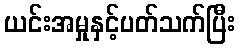
ယင်းအမှုနှင့်ပတ်သက်ပြီး